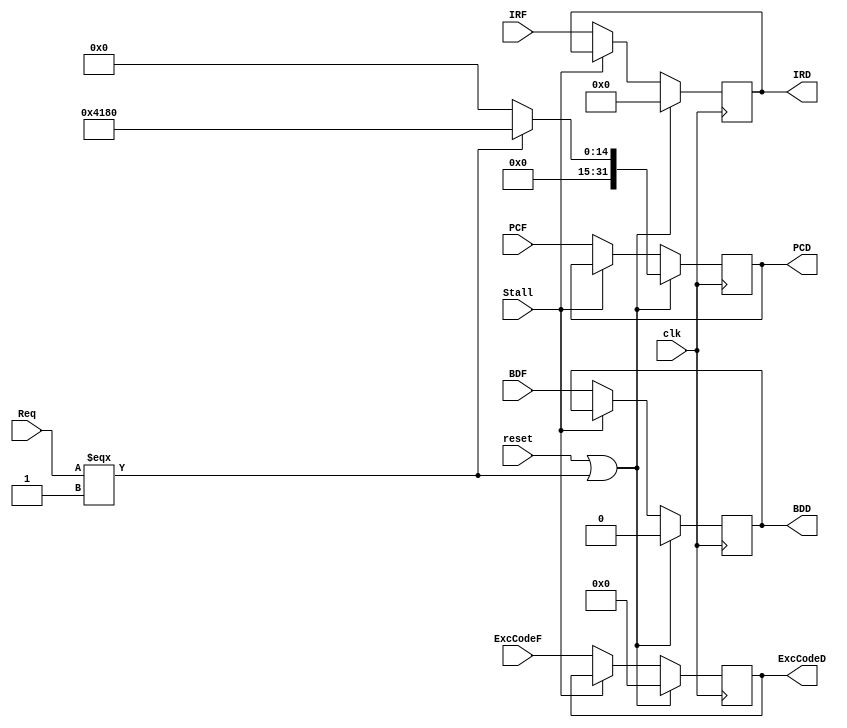
`timescale 1ns / 1ps
//////////////////////////////////////////////////////////////////////////////////
// Company: 
// Engineer: 
// 
// Design Name: 
// Module Name:    RegD 
// Project Name: 
// Target Devices: 
// Tool versions: 
// Description: 
//
// Dependencies: 
//
// Revision: 
// Revision 0.01 - File Created
// Additional Comments: 
//
//////////////////////////////////////////////////////////////////////////////////
module RegD(
	 input Req,
	 
	 input [4:0] ExcCodeF,
	 output reg [4:0] ExcCodeD,
	 
	 input BDF,
	 output reg BDD,
	
    input [31:0] PCF,
    input [31:0] IRF,
	 input clk,
	 input reset,
	 input Stall,
	 //input clear 				clear = !zeroD && bonall
    output reg [31:0] PCD,
    output reg [31:0] IRD
    );	
	
	always @(posedge clk) begin
		if(reset |(Req === 1'b1)) begin						
			PCD <= (Req === 1'b1) ? 32'h0000_4180: 0;	//32'h0000_3000;
			IRD <= 0;
			ExcCodeD <= 0;
			BDD <= 0;
		end
		else if(!Stall) begin
			PCD <= PCF;
			IRD <= IRF;
			ExcCodeD <= ExcCodeF;
			BDD <= BDF;
		end
	end
	
endmodule

/* || ((!Stall) && clear)*/